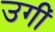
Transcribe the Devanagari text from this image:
उगीं